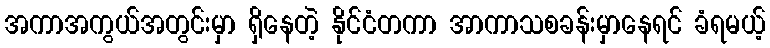
အကာအကွယ်အတွင်းမှာ ရှိနေတဲ့ နိုင်ငံတကာ အာကာသစခန်းမှာနေရင် ခံရမယ့်